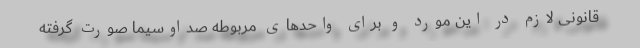
قانونی لازم در این‌ مورد و برای واحدهای مربوطه صداوسیما صورت گرفته